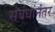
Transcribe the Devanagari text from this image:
संबंधांनंतर